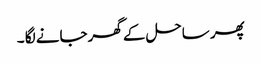
پھر ساحل کے گھرجانے لگا ۔